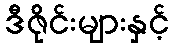
ဒီဇိုင်းများနှင့်